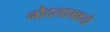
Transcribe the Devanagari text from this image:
नौदलामध्ये